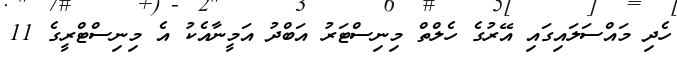
ހެދި މައްސަލައިގައި އޭރުގެ ހެލްތް މިނިސްޓަރު އަބްދު އަމީނާއެކު އެ މިނިސްޓްރީގެ 11